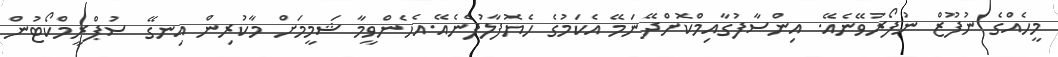
މީހެއްގެ ނުފޫޒް ނުފޯރުވޭނެއޭ. އިންސާފުގާއިމްކޮށްދޭނަމޭ އެކަމުގެ ހެޔޮފާލުފެނެއޭ.އެހެންވީމާ ޝަމީމަށް މާކުރިން އިނގޭ ސުޕްރީމްކޯޓުން